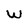
Character: W